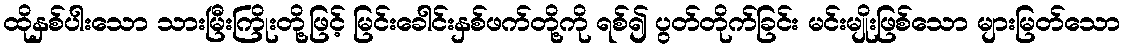
ထိုနှစ်ပါးသော သားမြီးကြိုးတို့ဖြင့် မြင်းခေါင်းနှစ်ဖက်တို့ကို ရစ်၍ ပွတ်တိုက်ခြင်း မင်းမျိုးဖြစ်သော များမြတ်သော